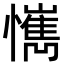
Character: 𢤮